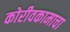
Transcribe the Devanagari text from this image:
कोरीवकामाचा